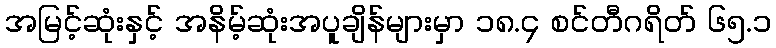
အမြင့်ဆုံးနှင့် အနိမ့်ဆုံးအပူချိန်များမှာ ၁၈.၄ စင်တီဂရိတ် ၆၅.၁